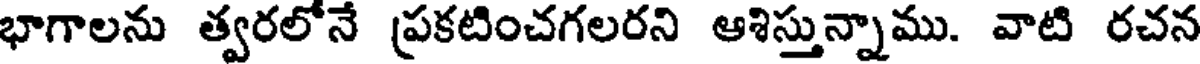
భాగాలను త్వరలోనే ప్రకటించగలరని ఆశిస్తున్నాము. వాటి రచన